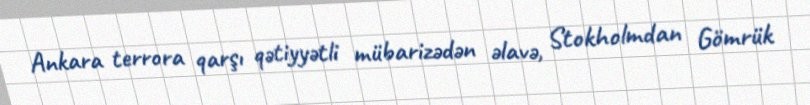
Ankara terrora qarşı qətiyyətli mübarizədən əlavə, Stokholmdan Gömrük